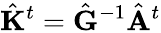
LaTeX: \hat{\mathbf{K}}^{t}=\hat{\mathbf{G}}^{-1}\hat{\mathbf{A}}^{t}